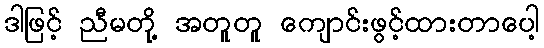
ဒါဖြင့် ညီမတို့ အတူတူ ကျောင်းဖွင့်ထားတာပေါ့